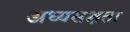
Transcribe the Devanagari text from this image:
अध्यसक्षता